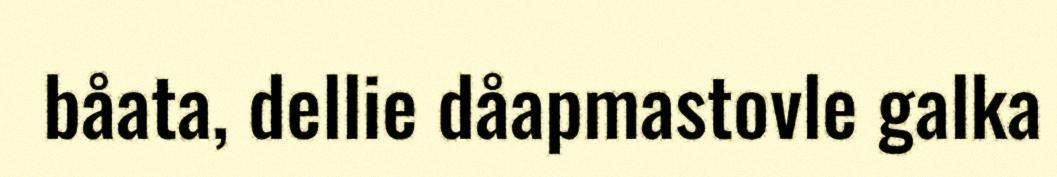
båata, dellie dåapmastovle galka